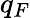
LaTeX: q_{F}